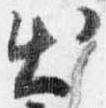
出